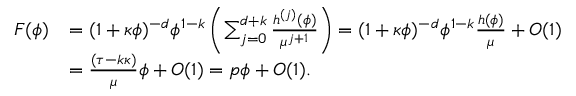
\begin{array} { r l } { F ( \phi ) } & { = ( 1 + \kappa \phi ) ^ { - d } \phi ^ { 1 - k } \left( \sum _ { j = 0 } ^ { d + k } \frac { h ^ { ( j ) } ( \phi ) } { \mu ^ { j + 1 } } \right) = ( 1 + \kappa \phi ) ^ { - d } \phi ^ { 1 - k } \frac { h ( \phi ) } { \mu } + O ( 1 ) } \\ & { = \frac { ( \tau - k \kappa ) } { \mu } \phi + O ( 1 ) = p \phi + O ( 1 ) . } \end{array}